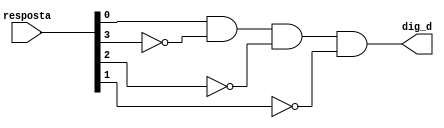
module d(resposta, dig_d);
	input [3:0] resposta;
	output dig_d;
	
	wire aux1, aux2, aux3;
	not not0(aux1, resposta[3]);
	not not1(aux2, resposta[2]);
	not not2(aux3, resposta[1]);
	and and0(dig_d, resposta[0], aux1, aux2, aux3);
endmodule